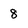
Character: 8